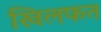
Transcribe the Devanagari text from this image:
खिलफत